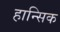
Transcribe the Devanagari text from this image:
हान्सिक